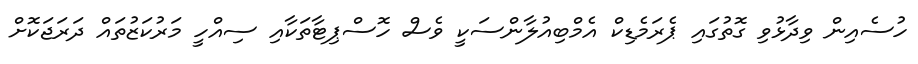
ހުސެއިން ވިދާޅުވި ގޮތުގައި ޕެރަމެޑިކް އެމްބިއުލާންސަކީ ވެސް ހޮސްޕިޓާތަކާއި ސިއްހީ މަރުކަޒުތައް ދަރަޖަކޮށް